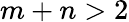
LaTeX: m+n>2